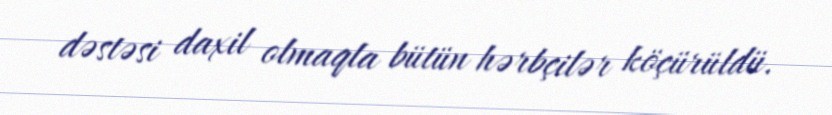
dəstəsi daxil olmaqla bütün hərbçilər köçürüldü.